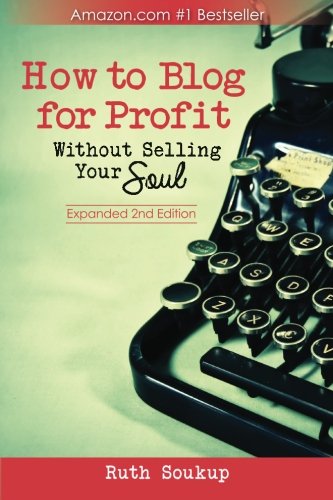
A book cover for How To Blog For Profit: Without Selling Your Soul; Ruth Soukup; Computers & Technology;